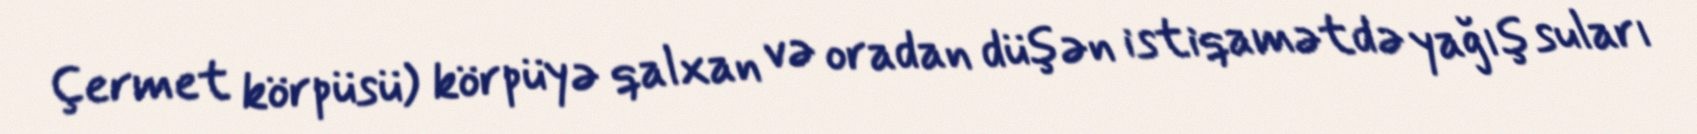
Çermet körpüsü) körpüyə qalxan və oradan düşən istiqamətdə yağış suları